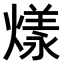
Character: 𤎔